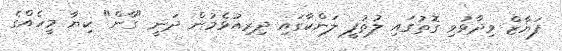
ފަޔާޒް ވިދާޅުވި ގޮތުގައި ލުތުފީ ލަންކާގައި ދިރިއުޅެމުން ދަނީ "ގާން" ކިޔާ މީހެއްގެ